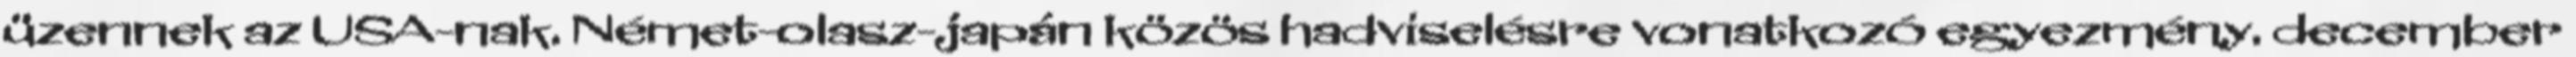
üzennek az USA-nak. Német-olasz-japán közös hadviselésre vonatkozó egyezmény. december